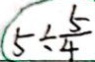
5 \div \frac { 5 } { 4 }